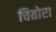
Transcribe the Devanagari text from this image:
चितोरा